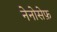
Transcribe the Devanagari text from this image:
नेनोसेफ़